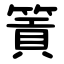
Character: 篢